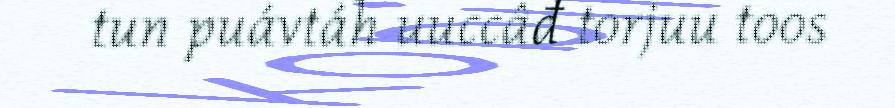
tun puávtáh uuccâđ torjuu toos